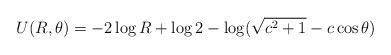
LaTeX: \begin{align*}U(R,\theta)=-2\log R+\log 2-\log (\sqrt{c^2+1}-c\cos\theta)\end{align*}